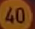
40